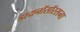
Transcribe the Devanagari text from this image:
डायनॉसॉरसना